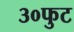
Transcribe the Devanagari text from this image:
३०फुट